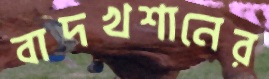
বাদখশানের